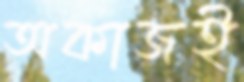
অকাজই